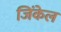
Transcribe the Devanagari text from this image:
जिंकेल